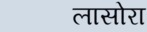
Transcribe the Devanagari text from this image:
लासोरा